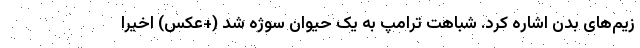
زیم‌های بدن اشاره کرد. شباهت ترامپ به یک حیوان سوژه شد (+عکس) اخیرا